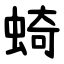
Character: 䗁